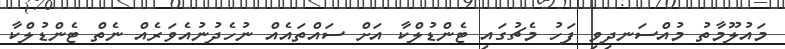
މައުލޫމާތު މުއްސަނދިވި ފަހު މެޗުގައި ޓެންޑުލްކާ އަށް ސައްތައެއް ނުހެދުނުއެވަރެއް ނެތް ޓެންޑުލްކާ